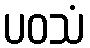
ပဝသံ